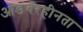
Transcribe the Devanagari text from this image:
आडंबरहीनता